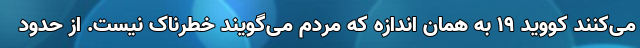
می‌کنند کووید ۱۹ به همان اندازه که مردم می‌گویند خطرناک نیست. از حدود